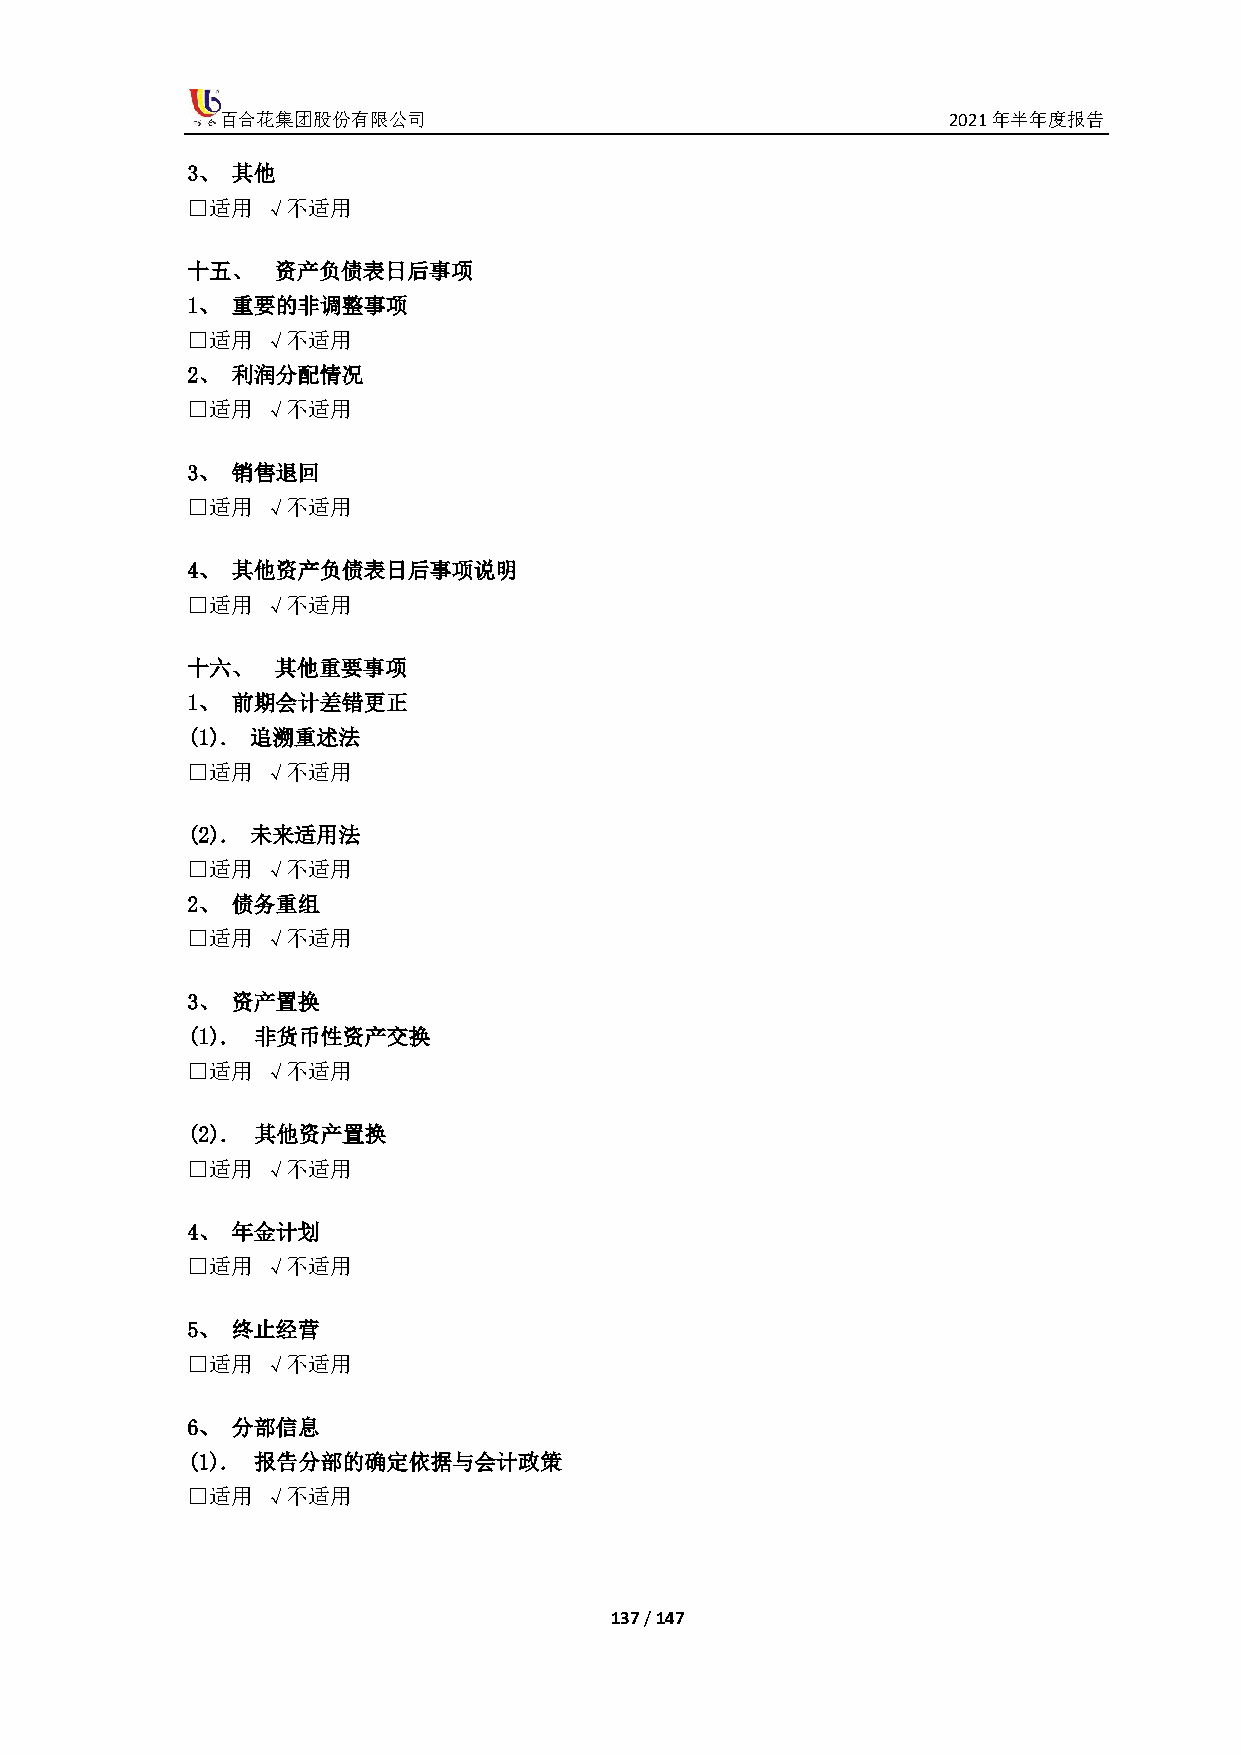
百合花集团股份有限公司                                     2021年半年度报告
 3、 其他
 □适用  √不适用
 十五、   资产负债表日后事项
 1、 重要的非调整事项
 □适用  √不适用
 2、 利润分配情况
 □适用  √不适用
 3、 销售退回
 □适用  √不适用
 4、 其他资产负债表日后事项说明
 □适用  √不适用
 十六、   其他重要事项
 1、 前期会计差错更正
 (1). 追溯重述法
 □适用  √不适用
 (2). 未来适用法
 □适用  √不适用
 2、 债务重组
 □适用  √不适用
 3、 资产置换
 (1). 非货币性资产交换
 □适用  √不适用
 (2). 其他资产置换
 □适用  √不适用
 4、 年金计划
 □适用  √不适用
 5、 终止经营
 □适用  √不适用
 6、 分部信息
 (1). 报告分部的确定依据与会计政策
 □适用  √不适用
 137 / 147